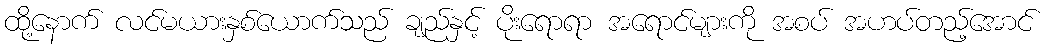
ထို့နောက် လင်မယားနှစ်ယောက်သည် ချည်နှင့် ပိုးရောရာ အရောင်များကို အစပ် အဟပ်တည့်အောင်